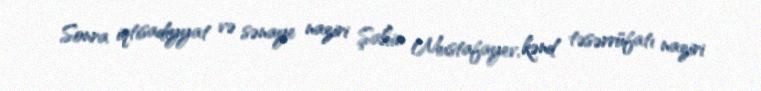
Sonra iqtisadiyyat və sənaye naziri Şahin Mustafayev, kənd təsərrüfatı naziri